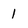
Character: 1